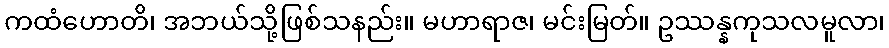
ကထံဟောတိ၊ အဘယ်သို့ဖြစ်သနည်း။ မဟာရာဇ၊ မင်းမြတ်။ ဥဿန္နကုသလမူလာ၊